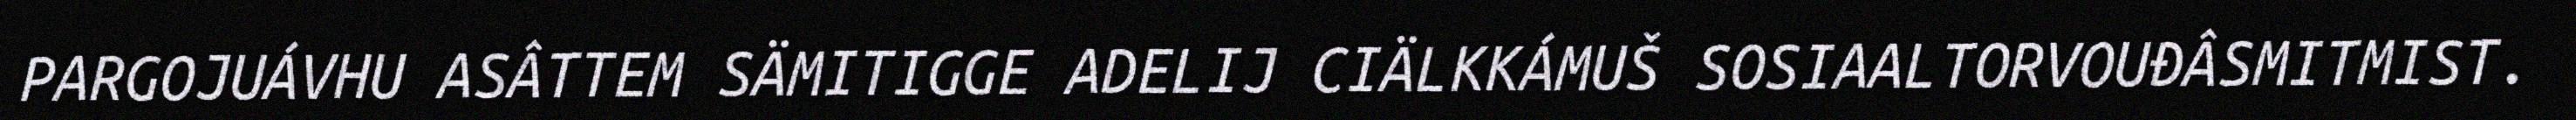
PARGOJUÁVHU ASÂTTEM SÄMITIGGE ADELIJ CIÄLKKÁMUŠ SOSIAALTORVOUĐÂSMITMIST.